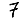
Digit: 7